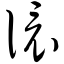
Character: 儇